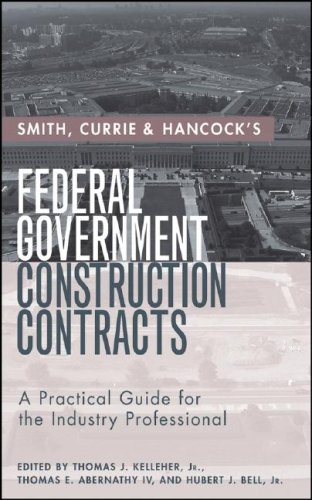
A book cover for Smith, Currie & Hancock's Federal Government Construction Contracts: A Practical Guide for the Industry Professional; Law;